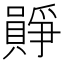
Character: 𪢛